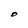
Character: O